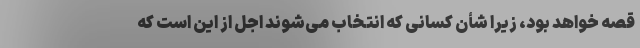
قصه خواهد بود، زیرا شأن کسانی که انتخاب می‌شوند اجل از این است که